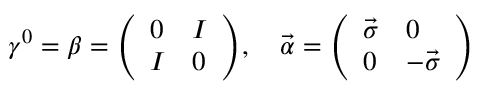
\gamma ^ { 0 } = \beta = { \left( \begin{array} { l l } { 0 } & { I } \\ { I } & { 0 } \end{array} \right) } , \quad { \vec { \alpha } } = { \left( \begin{array} { l l } { { \vec { \sigma } } } & { 0 } \\ { 0 } & { - { \vec { \sigma } } } \end{array} \right) }